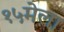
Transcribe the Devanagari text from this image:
१५मेला